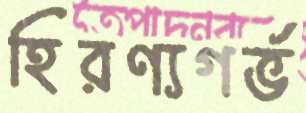
হিরণ্যগর্ভ